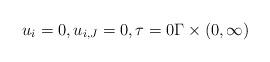
LaTeX: \begin{align*}u_i = 0, u_{i,J} = 0, \tau = 0 \Gamma \times (0, \infty)\end{align*}